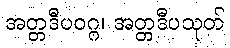
အတ္တဒီပဝဂ္ဂ၊ အတ္တဒီပသုတ်